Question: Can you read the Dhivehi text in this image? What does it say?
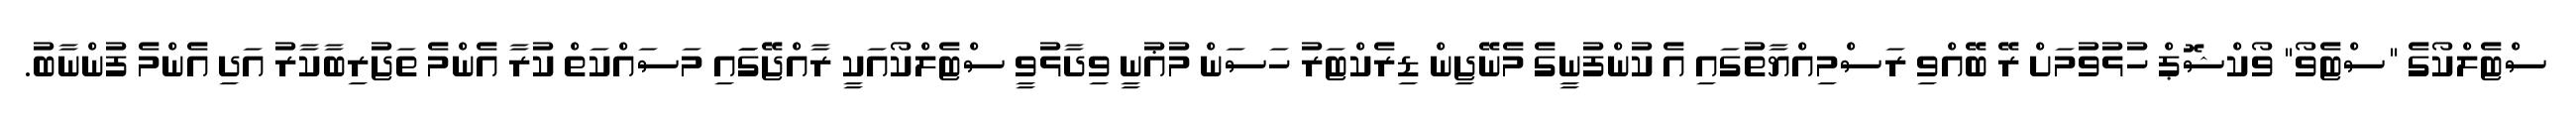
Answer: ސްޓެލްކޯގެ "ސްޓެވޯ" ވޯކްޝޮޕް ހުޅުވުމަށް ރޭ ބޭއްވި ރަސްމިއްޔާތުގައި އެ ކުންފުނީގެ މެނޭޖިން ޑިރެކްޓަރު ހަސަން މުޣުނީ ވިދާޅުވީ ސްޓެލްކޯއަކީ ރާއްޖޭގަައި މަސައްކަތް ކުރާ އެންމެ ތަޖުރިބާކާރު އަދި އެންމެ ފުންނާބު.